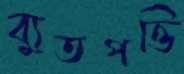
ব্যুতপত্তি